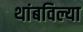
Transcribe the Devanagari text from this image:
थांबविल्या